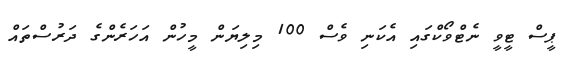
ޕީސް ޓީވީ ނެޓްވޯކްގައި އެކަނި ވެސް 100 މިލިޔަން މީހުން އަހަރެންގެ ދަރުސްތައް